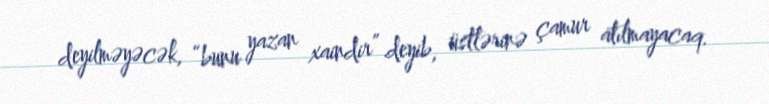
deyilməyəcək, “bunu yazan xaindir” deyib, üstlərinə çamur atılmayacaq.